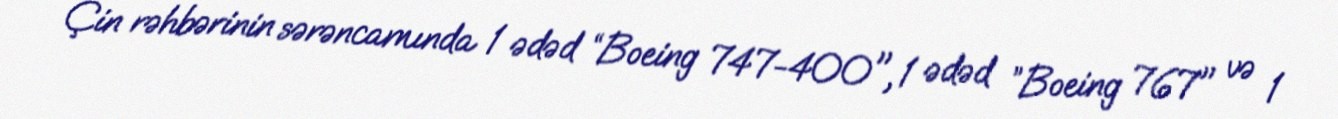
Çin rəhbərinin sərəncamında 1 ədəd “Boeing 747-400", 1 ədəd ”Boeing 767" və 1